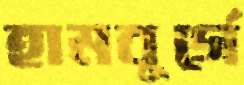
হামবুর্গে